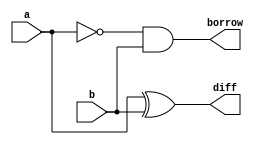
module HALF_SUBTRACTOR(diff, borrow, a, b);
	output diff, borrow;
	input a, b;

	// difference = a xor b ; borrow = a_bar and b
	xor (diff, a, b);
	not (a_bar, a);
	and (borrow, a_bar, b);
endmodule

module FULL_SUBTRACTOR(diff, borrow, a, b, borrow_in);
	output diff, borrow;
	input a, b, borrow_in;

	// sum = a xor b xor borrow_in ; borrow = a_bar.b + a_bar.borrow_in + b.borrow_in
	xor (diff, a, b, borrow_in);
	not (a_bar, a);
	and (and0, a_bar, b);
	and (and1, a_bar, borrow_in);
	and (and2, b, borrow_in);
	or (borrow, and0, and1, and2);
endmodule

/*

//To run the test uncomment this block

module test();
	wire diff_half, diff_full, borrow_half, borrow_full;
	reg a, b, borrow_in;

	HALF_SUBTRACTOR half_sub(diff_half, borrow_half, a, b);
	FULL_SUBTRACTOR full_sub(diff_full, borrow_full, a, b, borrow_in);

	initial begin
		
		$monitor("A = %b B = %b | difference = %b borrow = %b", a, b, diff_half, borrow_half);
		a = 0;
		b = 0;

		#1 b = 1;
		#1 a = 1;
		   b = 0;
		#1 b = 1;

		#1 $display("\n");

		$monitor("A = %b B = %b borrow_in = %b | difference = %b borrow = %b", a, b, borrow_in, diff_full, borrow_full);
		a = 0;
		b = 0;
		borrow_in = 0;

		#1 borrow_in = 1;
		#1 b = 1;
		   borrow_in = 0;
		#1 borrow_in = 1;
		#1 a = 1;
		   b = 0;
		   borrow_in = 0;
		#1 borrow_in = 1;
		#1 b = 1;
		   borrow_in = 0;
		#1 borrow_in = 1;
	end

endmodule

*/